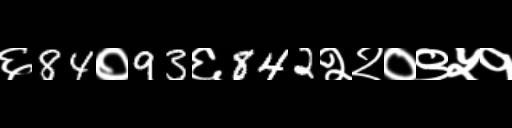
Text: ६84०93६842२२०९५१